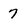
Character: 7